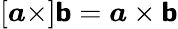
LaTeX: [{\boldsymbol{a}}\times]{\boldsymbol{\mathsf{b}}}={\boldsymbol{a}}\times{\boldsymbol{\mathsf{b}}}